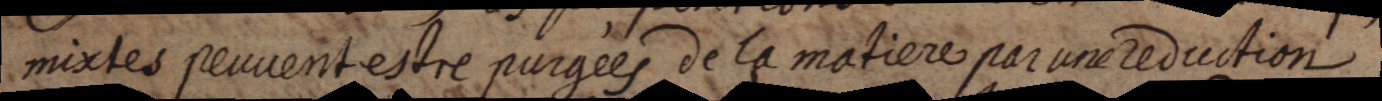
mixtes peuvent estre purgées de la matiere par une reduction